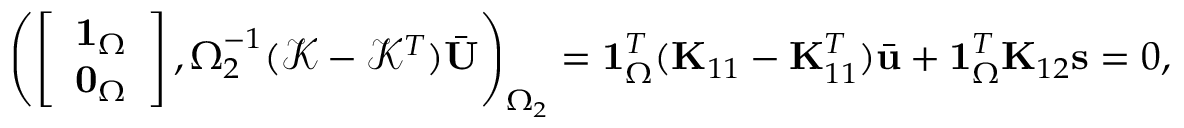
\begin{array} { r } { \left( \left[ \begin{array} { l } { \mathbf { 1 } _ { \Omega } } \\ { \mathbf { 0 } _ { \Omega } } \end{array} \right] , \boldsymbol { \Omega } _ { 2 } ^ { - 1 } ( \mathcal { K } - \mathcal { K } ^ { T } ) \bar { \mathbf { U } } \right) _ { \Omega _ { 2 } } = \mathbf { 1 } _ { \Omega } ^ { T } ( \mathbf { K } _ { 1 1 } - \mathbf { K } _ { 1 1 } ^ { T } ) \bar { \mathbf { u } } + \mathbf { 1 } _ { \Omega } ^ { T } \mathbf { K } _ { 1 2 } \mathbf { s } = 0 , } \end{array}